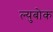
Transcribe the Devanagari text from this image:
ल्युबोक